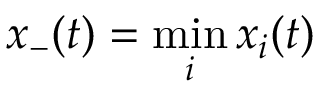
x _ { - } ( t ) = \operatorname* { m i n } _ { i } x _ { i } ( t )